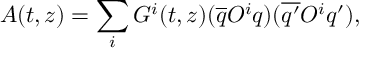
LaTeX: A ( t , z ) = \sum _ { i } G ^ { i } ( t , z ) ( \overline { { { q } } } O ^ { i } q ) ( \overline { { { q ^ { \prime } } } } O ^ { i } q ^ { \prime } ) ,